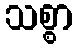
သစ္စာ